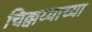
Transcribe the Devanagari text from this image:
चिक्कय्याच्या